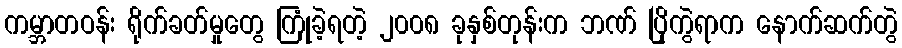
ကမ္ဘာတဝန်း ရိုက်ခတ်မှုတွေ ကြုံခဲ့ရတဲ့ ၂၀၀၈ ခုနှစ်တုန်းက ဘဏ် ပြိုကွဲရာက နောက်ဆက်တွဲ